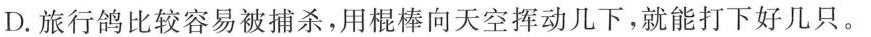
D.旅行鸽比较容易被捕杀，用棍棒向天空挥动几下，就能打下好几只。